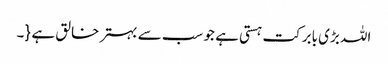
اللہ بڑی بابرکت ہستی ہے جو سب سے بہتر خالق ہے {۔